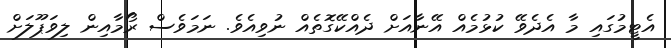
އެޓީމުގައި މާ އެދެވޭ ކުޅުމެއް އޭނާއަށް ދެއްކޭގޮތެއް ނުވިއެވެ. ނަމަވެސް ރޯމާއިން ލިވަޕޫލަށް